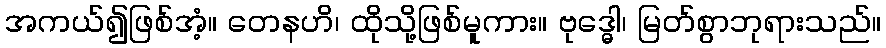
အကယ်၍ဖြစ်အံ့။ တေနဟိ၊ ထိုသို့ဖြစ်မူကား။ ဗုဒ္ဓေါ၊ မြတ်စွာဘုရားသည်။